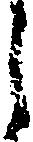
う